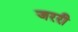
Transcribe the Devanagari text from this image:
जररी